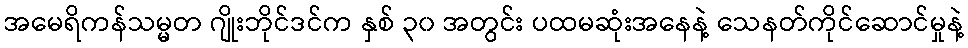
အမေရိကန်သမ္မတ ဂျိုးဘိုင်ဒင်က နှစ် ၃၀ အတွင်း ပထမဆုံးအနေနဲ့ သေနတ်ကိုင်ဆောင်မှုနဲ့